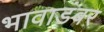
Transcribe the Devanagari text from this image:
भावाडंबर